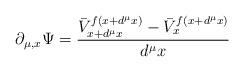
LaTeX: \begin{align*}\partial_{\mu,x}\Psi= \frac{\bar{V}^{f(x+d^{\mu}x)}_{x+d^{\mu}x}-\bar{V}^{f(x+d^{\mu}x)}_{x}}{d^{\mu}x}\end{align*}